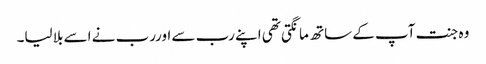
وہ جنت آپ کے ساتھ مانگتی تھی اپنے رب سے اوررب نے اسے بلا لیا۔